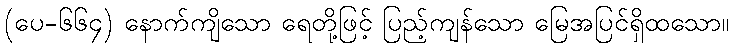
(ပေ-၆၆၄) နောက်ကျိသော ရေတို့ဖြင့် ပြည့်ကျန်သော မြေအပြင်ရှိထသော။